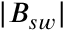
| { B _ { s w } } |